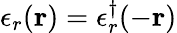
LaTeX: \epsilon_{r}(\mathbf{r})=\epsilon_{r}^{\dagger}(-\mathbf{r})